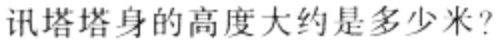
讯塔塔身的高度大约是多少米?